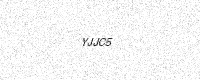
Text: YJJC5